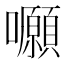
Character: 𡅪